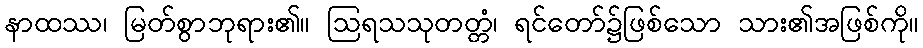
နာထဿ၊ မြတ်စွာဘုရား၏။ ဩရသသုတတ္တံ၊ ရင်တော်၌ဖြစ်သော သား၏အဖြစ်ကို။